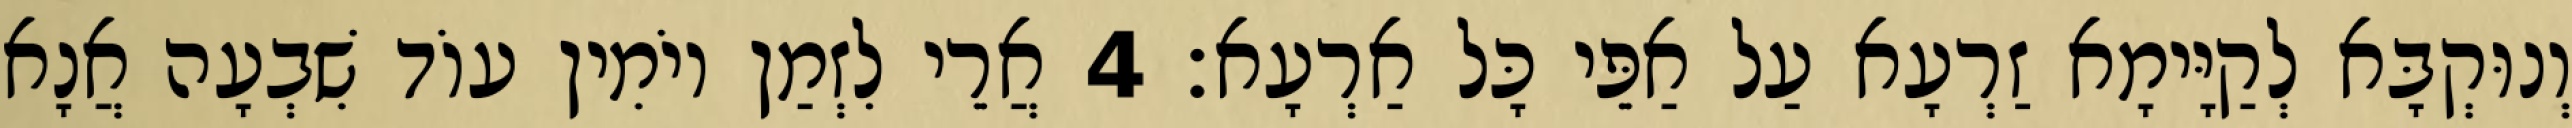
וְנוּקְבָּא לְקַיָּימָא זַרְעָא עַל אַפֵּי כָּל אַרְעָא׃ 4 אֲרֵי לִזְמַן יוֹמִין עוֹד שִׁבְעָה אֲנָא